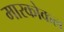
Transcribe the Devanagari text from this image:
मारकोकल